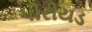
પીરીયડ